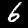
Digit: 6